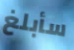
سأبلغ